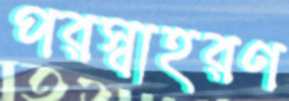
পরস্বাহরণ